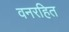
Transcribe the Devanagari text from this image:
वनरहित